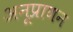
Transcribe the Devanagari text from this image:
अनूप्राणन